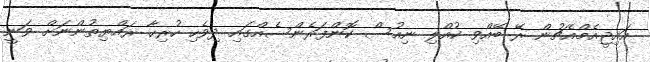
އައިޖީއެމްއެޗުން ރޭ ބޭއްވި ކުއްލި ނިއުސް ކޮންފަރެންސެއްގައި ދިވެހި ހުރިހާ ރައްޔިތުންނަށް ވަނީ